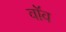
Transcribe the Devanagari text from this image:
वॉव